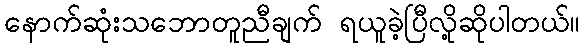
နောက်ဆုံးသဘောတူညီချက် ရယူခဲ့ပြီလို့ဆိုပါတယ်။